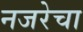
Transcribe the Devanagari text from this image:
नजरेचा